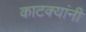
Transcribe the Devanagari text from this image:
काटक्यांनी